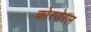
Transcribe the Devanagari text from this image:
कोरपोरल